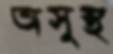
অসুস্থ